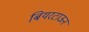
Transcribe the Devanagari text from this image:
बियरटाऊन